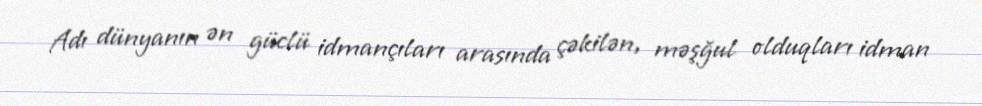
Adı dünyanın ən güclü idmançıları arasında çəkilən, məşğul olduqları idman